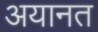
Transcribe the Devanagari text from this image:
अयानत